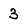
Character: 3